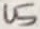
Text: U5